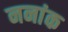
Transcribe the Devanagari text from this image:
ननांक